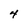
Character: 4